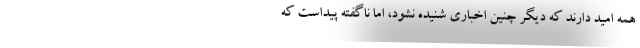
همه امید دارند که دیگر چنین اخباری شنیده نشود، اما ناگفته پیداست که